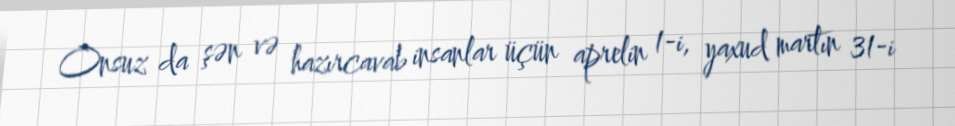
Onsuz da şən və hazırcavab insanlar üçün aprelin 1-i, yaxud martın 31-i